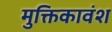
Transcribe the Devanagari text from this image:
मुक्तिकावंश